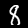
Label: 8